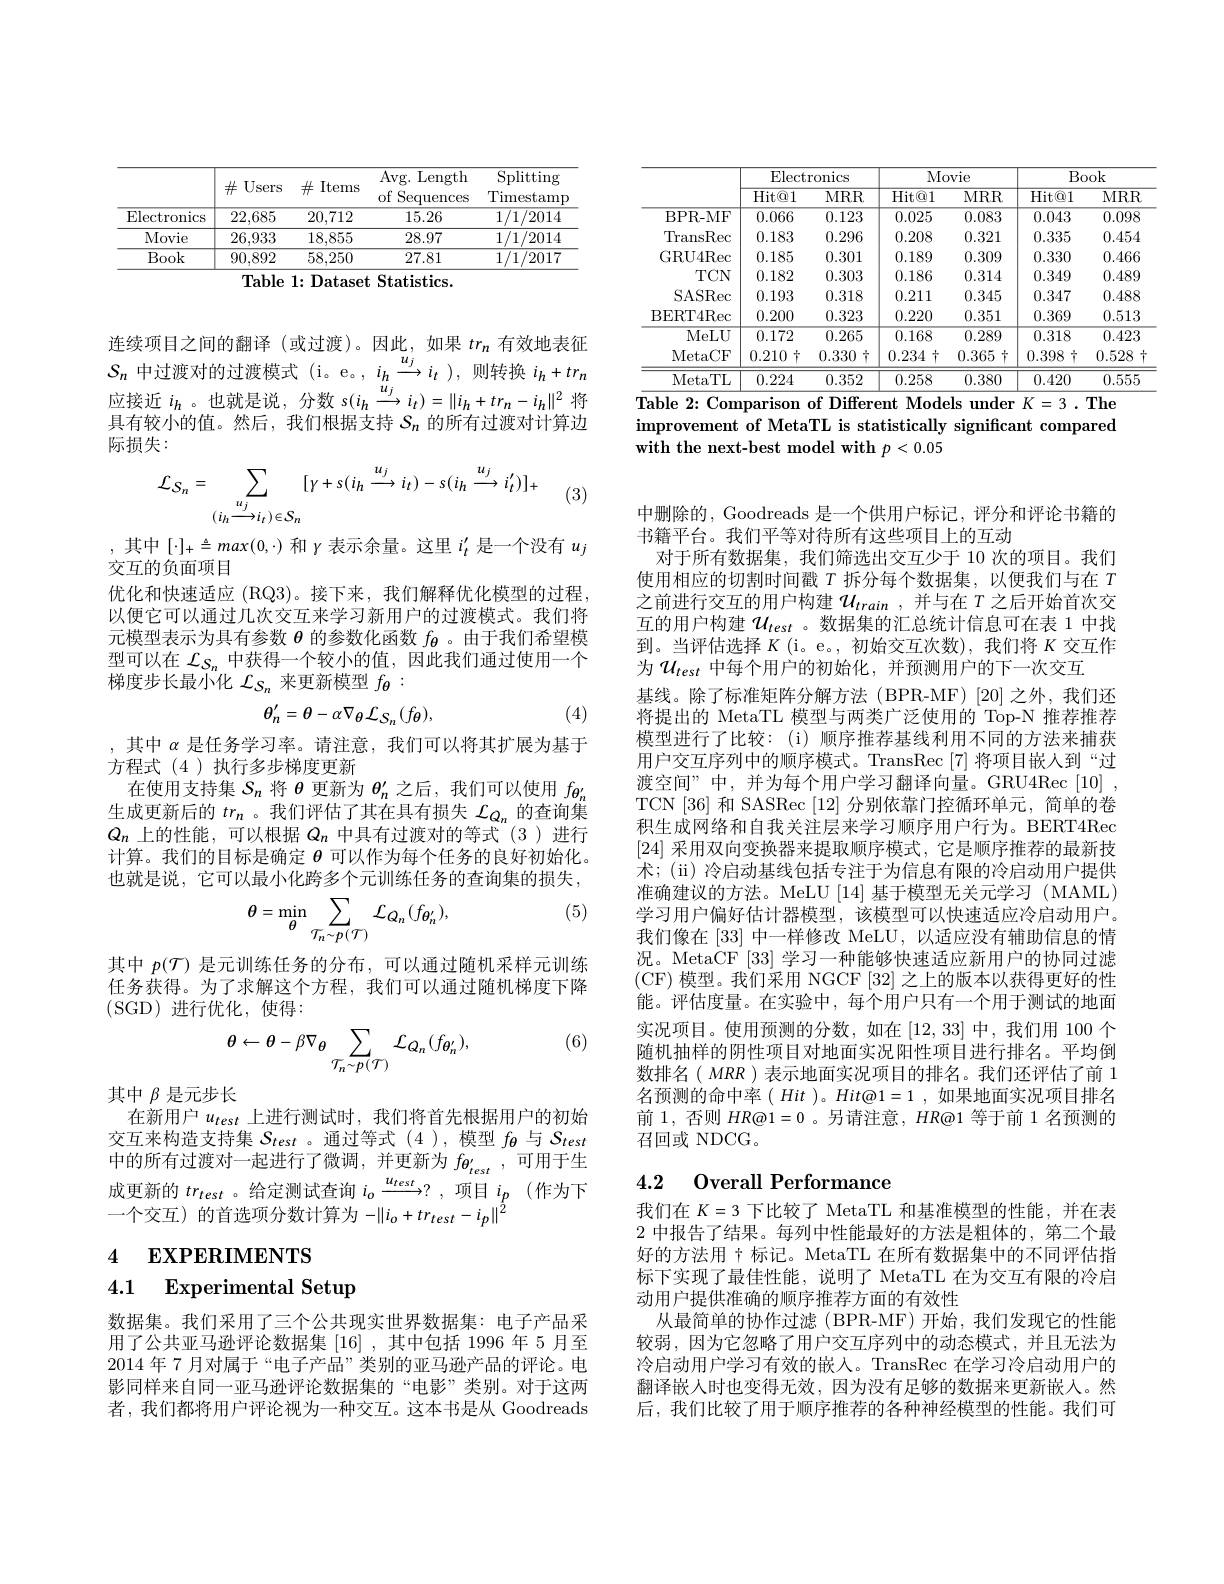
<table>
	<tbody>
		<tr>
			<th> </th>
			<th>$\#$Users</th>
			<th>$\#$ Items</th>
			<th>Avg. Length $of\xi$ Sequences</th>
			<th>$\operatorname{Splitting}$ $\operatorname{Timestamp}$</th>
		</tr>
		<tr>
			<th> </th>
			<th>$\#$Users</th>
			<th>$\#$ Items</th>
			<th>Avg. Length of Sequences </th>
			<th>Splitting Timestamp</th>
		</tr>
		<tr>
			<td>Electronics</td>
			<td>22,685</td>
			<td>20,712</td>
			<td>15.26</td>
			<td>1/1/2014</td>
		</tr>
		<tr>
			<td>Movie</td>
			<td>26,933</td>
			<td>18,855</td>
			<td>28.97</td>
			<td>1/1/2014</td>
		</tr>
		<tr>
			<td>Book</td>
			<td>90,892</td>
			<td>58,250</td>
			<td>27.81</td>
			<td>1/1/2017</td>
		</tr>
	</tbody>
</table>
${\mathrm{Table~1:~Dataset~Statistics.}}$

连续项目之间的翻译(或过渡)。因此，如果$tr_n$有效地表征$S_{n}$ 中过渡对的过渡模式 (i。e。,$i_h\xrightarrow{u_j}i_t)$,则转换$i_h+tr_n$ 应接近$i_{h}$。也就是说，分数 s$(i_h\xrightarrow u_{j}i_{t})=\|i_{h}+tr_{n}-i_{h}\|^{2}$ 将具有较小的值。然后，我们根据支持$S_n$的所有过渡对计算边际损失：
$$\mathcal{L}_{S_{n}}=\sum_{(i_{h}\stackrel{u_{j}}{\longrightarrow}i_{t})\in S_{n}}[\gamma+s(i_{h}\stackrel{u_{j}}{\longrightarrow}i_{t})-s(i_{h}\stackrel{u_{j}}{\longrightarrow}i_{t}^{\prime})]_{+}$$
(3)

,其中$[\cdot]_+\triangleq max(0,\cdot)$和$\gamma$表示余量。这里$i_t^\prime$是一个没有$u_j$
交互的负面项目
优化和快速适应 (RQ3)。接下来，我们解释优化模型的过程， 以便它可以通过几次交互来学习新用户的过渡模式。我们将元模型表示为具有参数$\theta$的参数化函数$f_\mathbf{\theta}$ 。由于我们希望模型可以在$\mathcal{L}_{S_n}$中获得一个较小的值，因此我们通过使用一个梯度步长最小化$\mathcal{L}_S_n$来更新模型$f_{\boldsymbol{\theta}}:$
$$\theta_{n}^{\prime}=\theta-\alpha\nabla_{\theta}\mathcal{L}_{S_{n}}(f_{\theta}),$$
(4)

,其中$\alpha$是任务学习率。请注意，我们可以将其扩展为基于
方程式(4)执行多步梯度更新
在使用支持集$S_n$将$\theta$更新为$\theta_n^\prime$之后，我们可以使用$f_{\boldsymbol{\theta}_n^{\prime}}$ 生成更新后的$tr_n$ 。我们评估了其在具有损失$\mathcal{L}_Q_n$的查询集$Q_n$上的性能，可以根据$Q_n$中具有过渡对的等式 (3)进行计算。我们的目标是确定$\theta$可以作为每个任务的良好初始化。也就是说，它可以最小化跨多个元训练任务的查询集的损失，

(5)
$$\theta=\min_{\theta}\sum_{\mathcal{T}_{n}\sim p(\mathcal{T})}\mathcal{L}_{Q_{n}}(f_{\theta_{n}^{\prime}}),$$
其中$p(\mathcal{T})$是元训练任务的分布，可以通过随机采样元训练任务获得。为了求解这个方程，我们可以通过随机梯度下降(SGD)进行优化，使得：

(6)
$$\theta\leftarrow\theta-\beta\nabla_{\theta}\sum_{\mathcal{T}_{n}\sim p(\mathcal{T})}\mathcal{L}_{Q_{n}}(f_{\theta_{n}^{\prime}}),$$
其中$\beta$是元步长
在新用户$u_{test}$上进行测试时，我们将首先根据用户的初始交互来构造支持集$S_test$ 。通过等式(4),模型$f_{\theta}$与$S_{test}$ 中的所有过渡对一起进行了微调，并更新为$f_{\boldsymbol{\theta}_{test}^{\prime}}$,可用于生成更新的$tr_{test}$ 。给定测试查询$i_o\xrightarrow u_{test}$? ,项目$i_p$ (作为下一个交互)的首选项分数计算为$-\|i_{0}+tr_{test}-i_{p}\|^{2}$

4 EXPERIMENTS

# 4.1 $\textbf{Experimental Setup}$

数据集。我们采用了三个公共现实世界数据集：电子产品采用了公共亚马逊评论数据集[16] ,其中包括 1996 年 5 月至2014 年 7 月对属于“电子产品”类别的亚马逊产品的评论。电影同样来自同一亚马逊评论数据集的“电影”类别。对于这两者，我们都将用户评论视为一种交互。这本书是从 Goodreads

<table>
	<tbody>
		<tr>
			<th> </th>
			<th colspan="2">Electronics</th>
			<th colspan="2">Movie</th>
			<th colspan="2">Book</th>
		</tr>
		<tr>
			<th> </th>
			<th>Hit@ 1</th>
			<th>$MRR$</th>
			<th>Hit@ 1</th>
			<th>$MRR$</th>
			<th>Hit@ 1</th>
			<th>$MRR$</th>
		</tr>
		<tr>
			<td>BPR- MF</td>
			<td>0.066</td>
			<td>0.123</td>
			<td>0.025</td>
			<td>0.083</td>
			<td>0.043</td>
			<td>0.098</td>
		</tr>
		<tr>
			<td>TransRec</td>
			<td>0.183</td>
			<td>0.296</td>
			<td>0.208</td>
			<td>0.321</td>
			<td>0.335</td>
			<td>0.454</td>
		</tr>
		<tr>
			<td>GRU4Rec</td>
			<td>0.185</td>
			<td>0.301</td>
			<td>0.189</td>
			<td>0.309</td>
			<td>0.330</td>
			<td>0.466</td>
		</tr>
		<tr>
			<td>$TCN$</td>
			<td>0.182</td>
			<td>0.303</td>
			<td>0.186</td>
			<td>0.314</td>
			<td>0.349</td>
			<td>0.489</td>
		</tr>
		<tr>
			<td>SASRec</td>
			<td>0.193</td>
			<td>0.318</td>
			<td>0.211</td>
			<td>0.345</td>
			<td>0.347</td>
			<td>0.488</td>
		</tr>
		<tr>
			<td>BERT4Rec</td>
			<td>0.200</td>
			<td>0.323</td>
			<td>0.220</td>
			<td>0.351</td>
			<td>0.369</td>
			<td>0.513</td>
		</tr>
		<tr>
			<td>MeLU</td>
			<td>0.172</td>
			<td>0.265</td>
			<td>0.168</td>
			<td>0.289</td>
			<td>0.318</td>
			<td>0.423</td>
		</tr>
		<tr>
			<td>MetaCF</td>
			<td>0.210 17</td>
			<td>1 0.330 </td>
			<td>0.234 1</td>
			<td>0.365十</td>
			<td>0.398 $YT$</td>
			<td>0.528</td>
		</tr>
		<tr>
			<td>MetaTL</td>
			<td>0.224</td>
			<td>0.352</td>
			<td>0.258</td>
			<td>0.380</td>
			<td>0.420</td>
			<td>0.555</td>
		</tr>
	</tbody>
</table>
$\overline{\text{Table 2: Comparison of Different Models under }K=3.\textbf{The}}$

improvement of MetaTL is statistically significant compared
with the next-best model with $p<0.05$

中删除的，Goodreads 是一个供用户标记，评分和评论书籍的
书籍平台。我们平等对待所有这些项目上的互动
对于所有数据集，我们筛选出交互少于 10 次的项目。我们使用相应的切割时间戳$T$拆分每个数据集，以便我们与在$T$ 之前进行交互的用户构建$u_{train}$,并与在$T$之后开始首次交互的用户构建$\mathcal{U}_{test}$ 。数据集的汇总统计信息可在表 1 中找到。当评估选择$K$ (i。e。,初始交互次数),我们将$K$交互作为$U_{test}$ 中每个用户的初始化，并预测用户的下一次交互
基线。除了标准矩阵分解方法(BPR-MF)[20]之外，我们还将提出的 MetaTL 模型与两类广泛使用的 Top-N 推荐推荐模型进行了比较：(i)顺序推荐基线利用不同的方法来捕获用户交互序列中的顺序模式。TransRec [7]将项目嵌人到“过渡空间”中，并为每个用户学习翻译向量。GRU4Rec[10], TCN [36] 和 SASRec [12] 分别依靠门控循环单元，简单的卷积生成网络和自我关注层来学习顺序用户行为。BERT4Rec [24]采用双向变换器来提取顺序模式，它是顺序推荐的最新技术；(ii) 冷启动基线包括专注于为信息有限的冷启动用户提供准确建议的方法。MeLU [14]基于模型无关元学习 (MAML) 学习用户偏好估计器模型，该模型可以快速适应冷启动用户。我们像在[33]中一样修改 MeLU,以适应没有辅助信息的情况。MetaCF [33]学习一种能够快速适应新用户的协同过滤(CF) 模型。我们采用 NGCF [32]之上的版本以获得更好的性能。评估度量。在实验中，每个用户只有一个用于测试的地面实况项目。使用预测的分数，如在[12,33]中，我们用 100 个随机抽样的阴性项目对地面实况阳性项目进行排名。平均倒数排名( MRR ) 表示地面实况项目的排名。我们还评估了前 1名预测的命中率( Hit )。$Hit@1=1$,如果地面实况项目排名前1，否则$HR@1=0$ 。另请注意，$HR@1$等于前 1 名预测的召回或 NDCG。

## 4.2 0verall Performance

我们在$K=3$下比较了 MetaTL 和基准模型的性能，并在表2 中报告了结果。每列中性能最好的方法是粗体的，第二个最好的方法用 十 标记。MetaTL 在所有数据集中的不同评估指标下实现了最佳性能，说明了 MetaTL 在为交互有限的冷启动用户提供准确的顺序推荐方面的有效性
从最简单的协作过滤(BPR-MF)开始，我们发现它的性能较弱，因为它忽略了用户交互序列中的动态模式，并且无法为冷启动用户学习有效的嵌人。TransRec 在学习冷启动用户的翻译嵌人时也变得无效，因为没有足够的数据来更新嵌人。然后，我们比较了用于顺序推荐的各种神经模型的性能。我们可